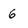
Character: 6